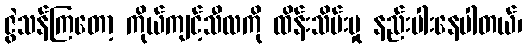
ဇွဲသန်ကြတော့ ကိုယ်ကျင့်သီလကို ထိန်းသိမ်းမှု နည်းပါးနေပါတယ်၊